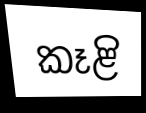
කෑළි